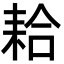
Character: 耠